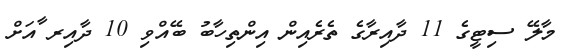
މާލޭ ސިޓީގެ 11 ދާއިރާގެ ތެރެއިން އިންތިހާބު ބޭއްވި 10 ދާއިރ ާއަށް